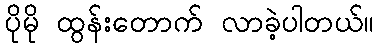
ပိုမို ထွန်းတောက် လာခဲ့ပါတယ်။